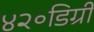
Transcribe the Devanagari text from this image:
४२॰डिग्री